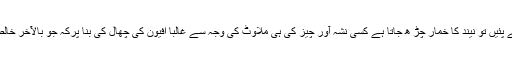
پہلے وقتوں میں لوگ رات کو کام کی بہتات پر جاگنے کے لیے چائے پیتے تھے مگر اب چائے پئیں تو نیند کا خمار چڑ ھ جاتا ہے کسی نشہ آور چیز کی ہی ملاوٹ کی وجہ سے غالباً افیون کی چھال کی بنا پرکہ جو بالآخر خالص ترین صورت میں ہیروئن بن جاتی ہے جو کہ سیدھا موت کا پیغام اور قبرستان کا پروانہ ہے۔